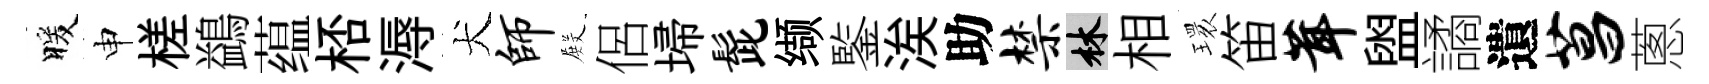
暖申槎鷁蕴桮溽犬师𭮺侶埽髭缬鍳涘助禁林相𤨔笛茸盥譎遺菖蔥